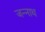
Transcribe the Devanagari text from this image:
जन्नाथ